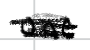
Text: one
Cross-out: mix
Writing tool: digital_black